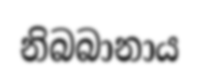
නිබබානාය